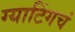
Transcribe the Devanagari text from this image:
ग्याटिंगचं